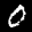
Label: 0